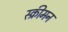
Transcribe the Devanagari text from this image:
स्क्रीमन